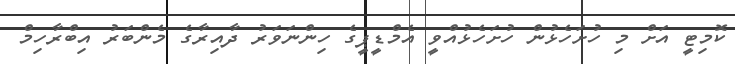
ކޮމިޓީ އަށް މި ހުށަހެޅުން ހުށަހެޅުއްވީ އެމްޑީޕީގެ ހިންނަވަރު ދާއިރާގެ މެންބަރު އިބްރާހިމް